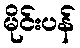
မိုင်းပန်